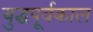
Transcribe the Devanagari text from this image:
युद्धपूर्वकाल